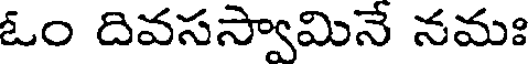
ఓం దివసస్వామినే నమః